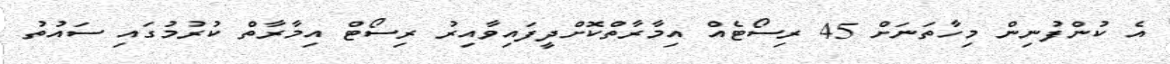
އެ ކުންފުނިން މިހާތަނަށް 45 ރިސޯޓެއް އިމާރާތްކޮށްދީފައިވާއިރު ރިސޯޓް އިމާރާތް ކުރުމުގައި ސައުތު